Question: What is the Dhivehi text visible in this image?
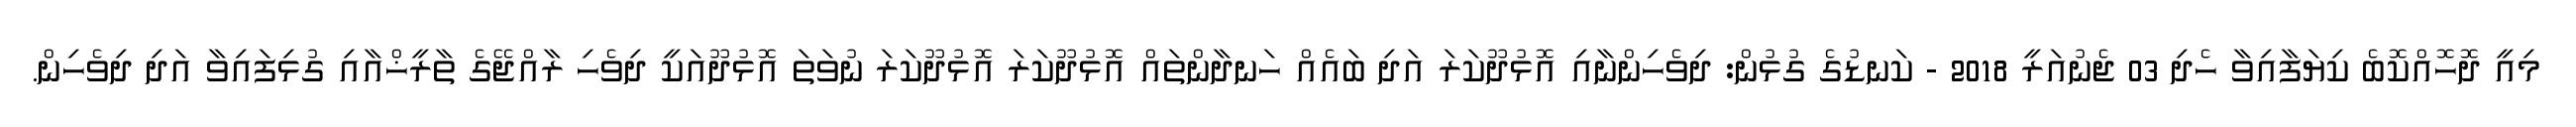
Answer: މިއީ ދޮހޮއްކޮބެ ކިޔަފާއިވާ ހެދި 03 ޖެނުއަރީ 2018 - ކަނޑުގެ ގުޅުން: ދިވެހިންނާއި އޮޅުދޫކަރަ އަދި ބައެއް ހަނދާންތައް އޮޅުދޫކަރަ އޮޅުދޫކަރަ ނުވަތަ އޮޅުދޫއަކީ ދިވެހި ރާއްޖޭގެ ތާރީޚްއާއި ގުޅިފައިވާ އަދި ދިވެހިން.